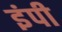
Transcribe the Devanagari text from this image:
इंपी